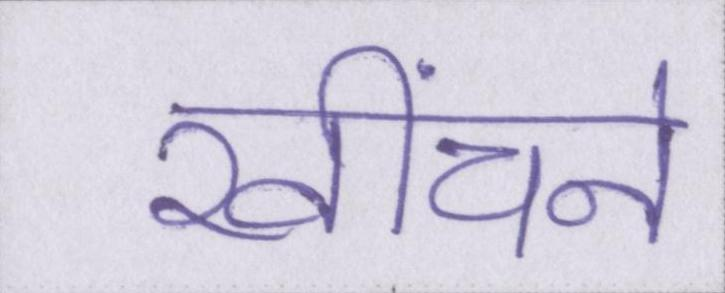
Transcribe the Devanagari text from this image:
खींचने